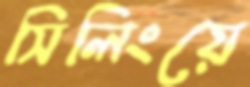
সিলিংয়ে